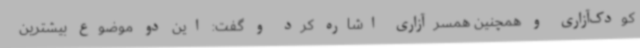
کودک‌آزاری و همچنین همسرآزاری اشاره کرد و گفت: این دو موضوع بیشترین